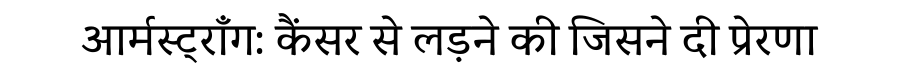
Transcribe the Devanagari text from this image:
आर्मस्ट्रॉंग: कैंसर से लड़ने की जिसने दी प्रेरणा